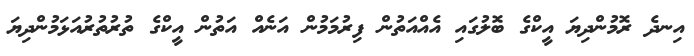
އިނދެ ރޮމުންދިޔަ އީކްގެ ބޮލުގައި އެއްއަތުން ފިރުމަމުން އަނެއް އަތުން އީކްގެ ތުރުތުރުއަޅަމުންދިޔަ